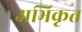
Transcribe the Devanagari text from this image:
अभिकृत